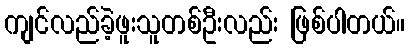
ကျင်လည်ခဲ့ဖူးသူတစ်ဦးလည်း ဖြစ်ပါတယ်။